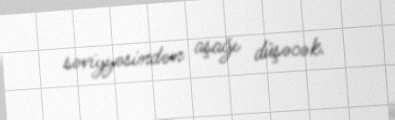
səviyyəsindən aşağı düşəcək.